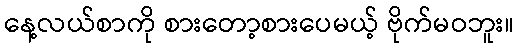
နေ့လယ်စာကို စားတော့စားပေမယ့် ဗိုက်မဝဘူး။